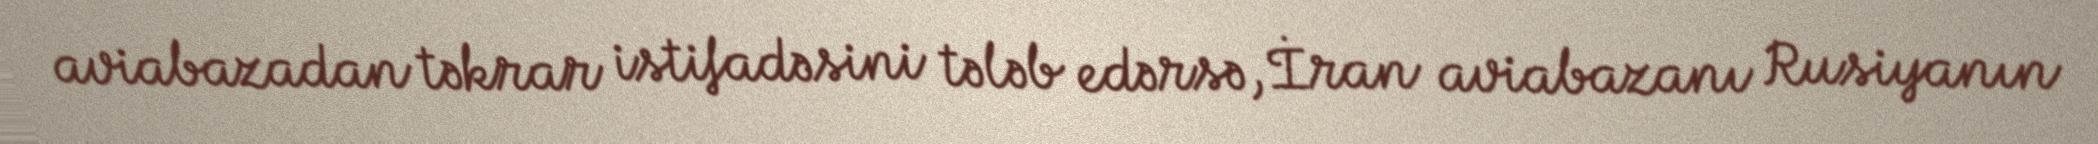
aviabazadan təkrar istifadəsini tələb edərsə, İran aviabazanı Rusiyanın